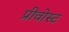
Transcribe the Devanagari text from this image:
प्रीवोस्ट